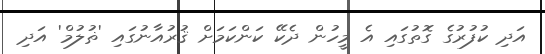
އަދި ކުފުރުގެ ގޮތުގައި އެ މީހުން ދެކޭ ކަންކަމަށް ޤުރުއާނުގައި 'ޡުލުމް' އަދި